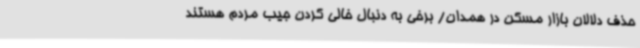
حذف دلالان بازار مسکن در همدان/ برخی به دنبال خالی کردن جیب مردم هستند